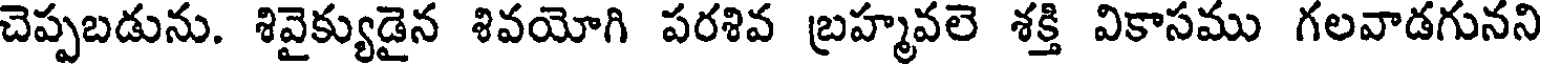
చెప్పబడును. శివైక్యుడైన శివయోగి పరశివ బ్రహ్మవలె శక్తి వికాసము గలవాడగునని